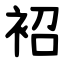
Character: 袑